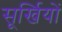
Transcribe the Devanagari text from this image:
सूर्खियों